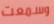
وسمعت